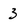
Character: 3